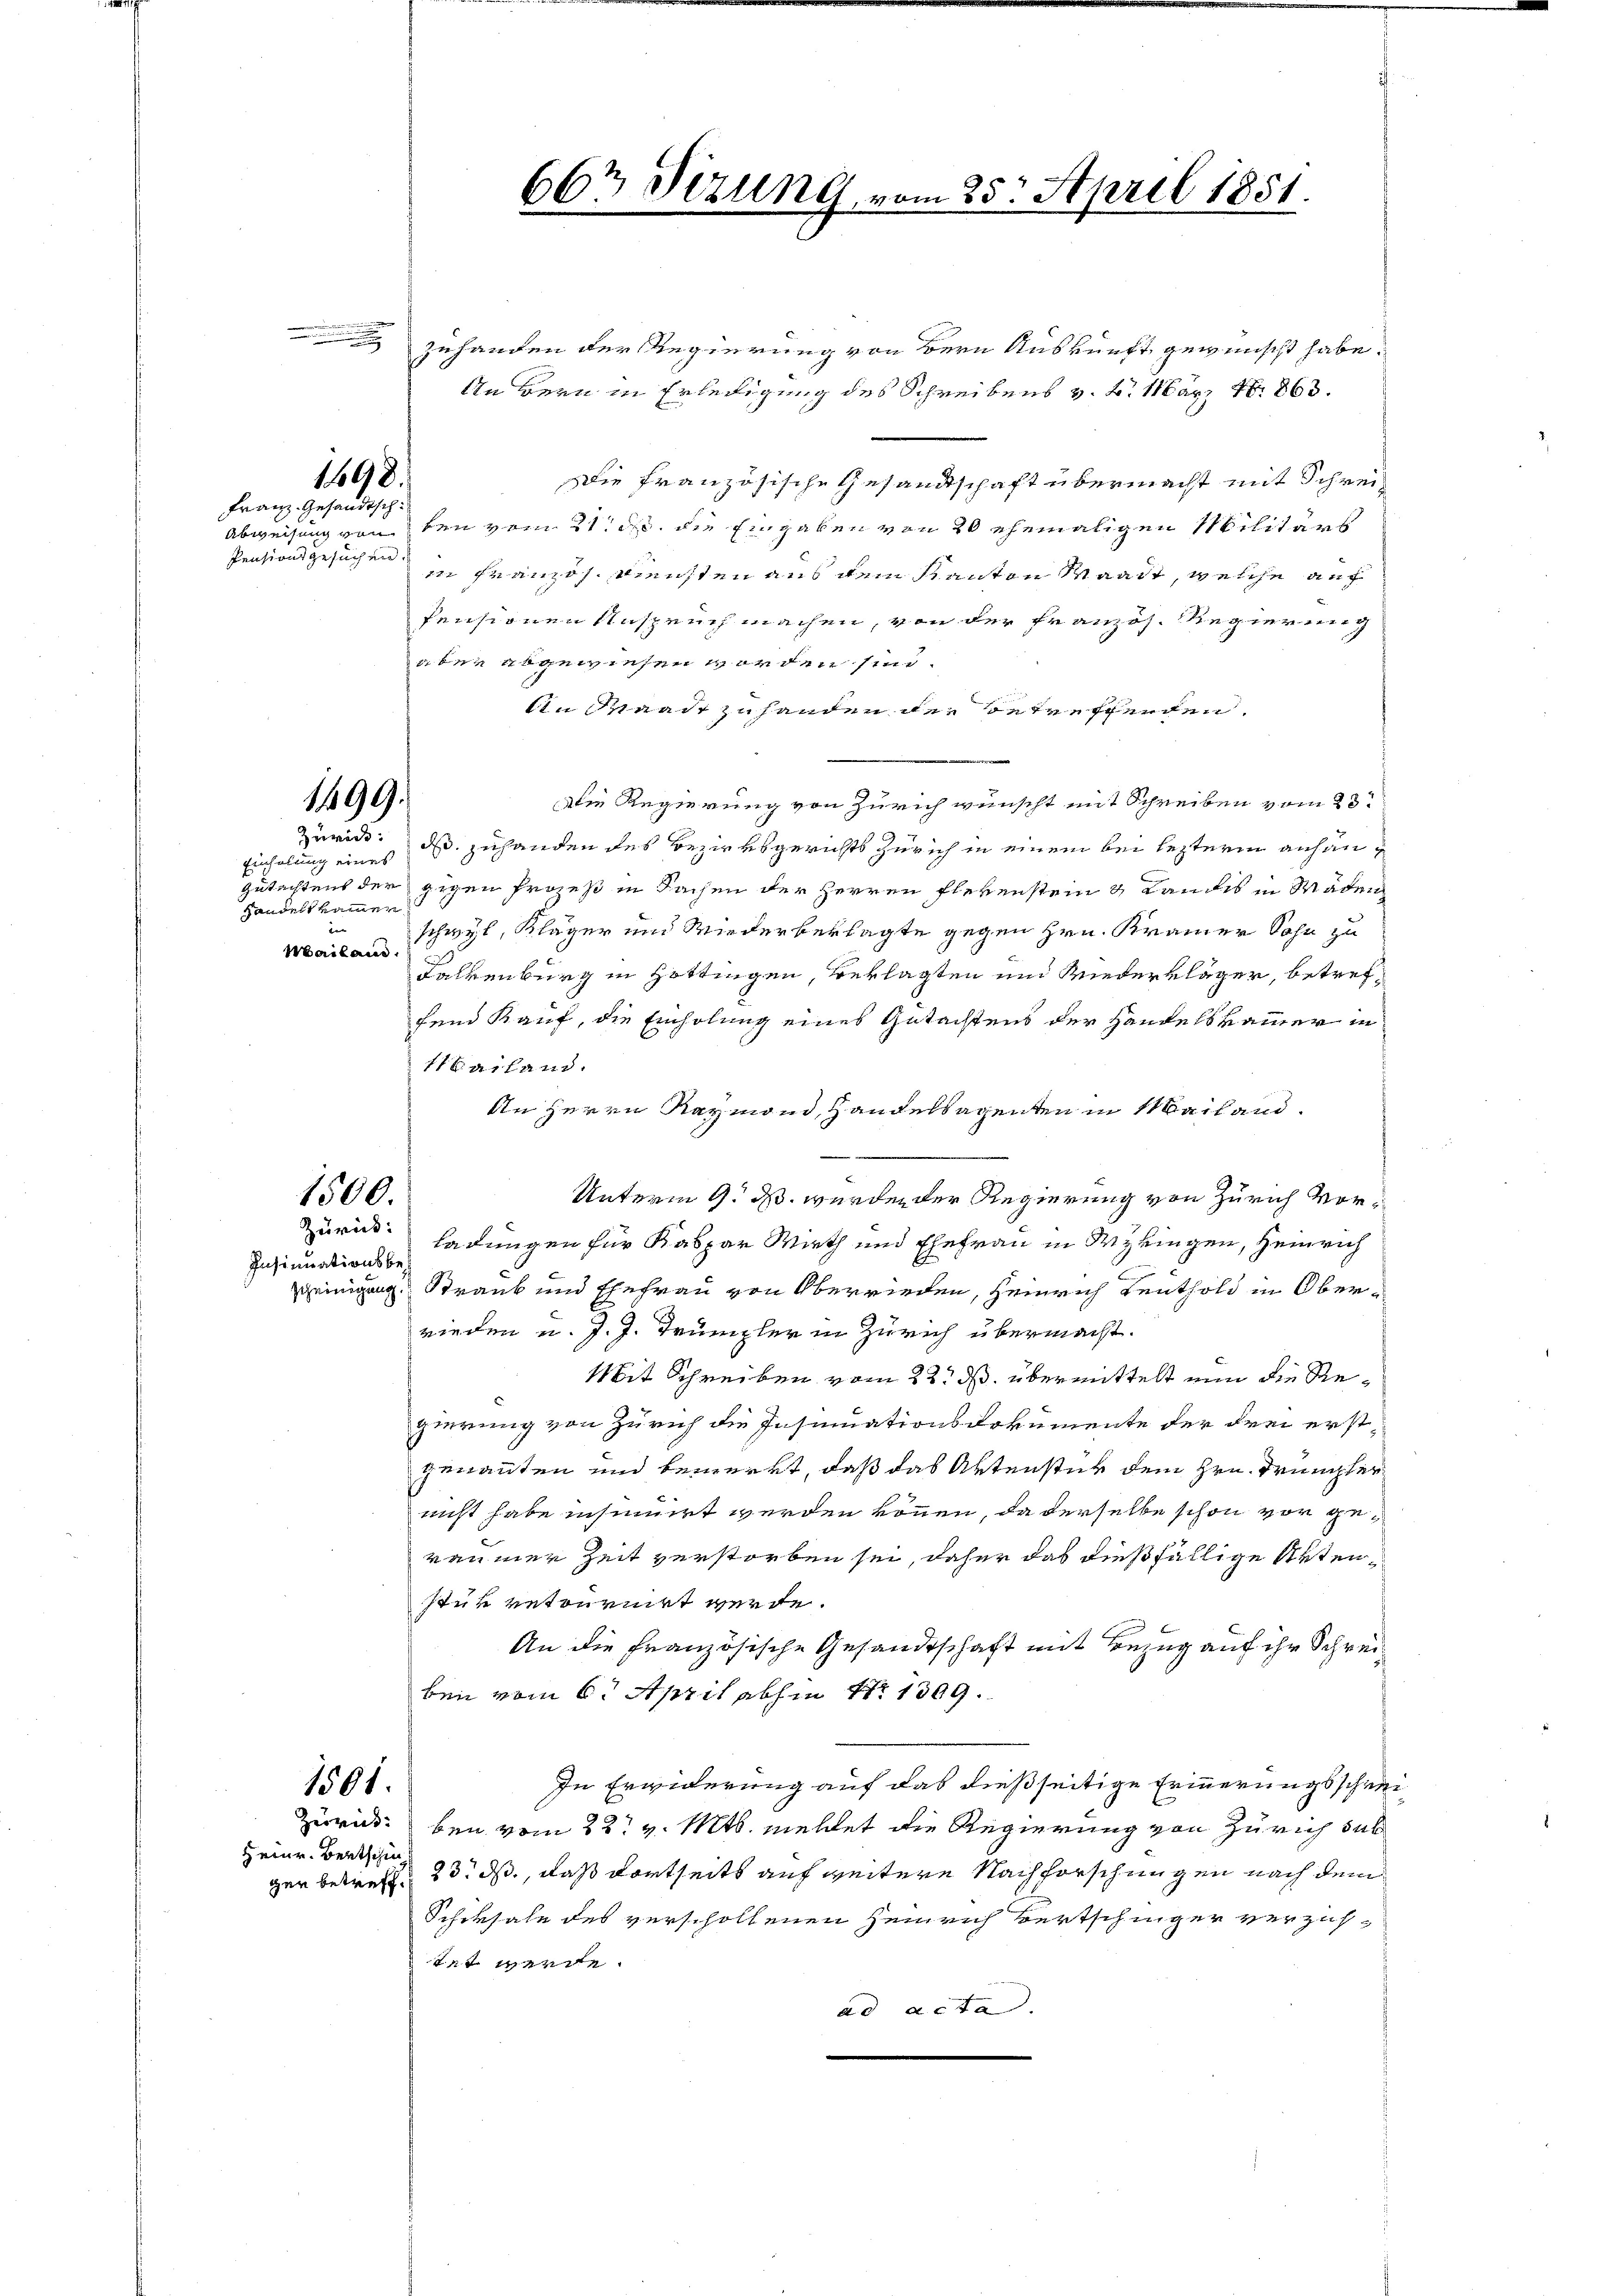
1198.
Franz. Gesandtsch¬

Pensionsgesuchen.

zuhanden der Regierung von Bern Auskunft gewünscht habe.
An Bern in Erledigung des Schreibens v. 2. März 1863.
ie französische Gesandtschaft übermacht mit Schrei¬
Abweisung von den vom 21. ds. die Eingaben von 20 ehemaligen Militärs
in Französ. Diensten aus dem Kanton Waadt, welche auf
Pensionen Anspruch machen, von der französ. Regierung
uber abgewiesen worden sind.
An Waadt zu handen der betreffenden.
Die Regierung von Zürich wünscht mit Schreiben vom 23.
Zurick: ds zuhanden des Bezirksgerichts Zürich in einem bei lezterm anhängutachtens der gegen Prozeß in Sachen der Herren Flevenstein & Landis in Wäden
Mailand Schwyl, Kläger und Wiederbeklagte gegen Hrn. Kramer Sohn zu
Falkenburg in Hottingen, Beklagten und Wiederkläger, betreffend Kauf, die Einholung eines Gutachtens der Handelskammer in
11 Mailand.
An Herrn Raymond, Handelsagenten in Mailand¬
1500.
Unterm 9. ds. wurden der Regierung von Zürich vor¬
Zurück:
ladungen für Kaspar Wirth und Ehefrau in Meyringen, Heinrich
peinigung Strank und Ehefrau von Oberrieden, Heinrich Reuthold in Oberrieden u. J. J. Trümpler in Zürich übermacht.
Mit Schreiben vom 22. ds. übermittelt nun die Regierung von Zürich die Insinuationsdokumente der drei erstgenannten und bemerkt, daß das Aktenster dem Hrn. Trümpler
nicht habe insinuirt werden können, da derselbe schon vor geven mer Zeit verstorben sei, daher das dießfällige Arten
stük retourirt werde.
An die Französische Gesandtschaft mit Bezug auf ihr Schreiben vom 6. April abhin Nr. 1309.
In Erwiderung auf das dießseitige Erinnerungsschrei¬
1501.
Zurick bei vom 22t v. Mts. mellet die Regierung von Zürich sub
23. ds., daß dortseits auf weitere Nachforschungen nach dem
Schiksale des verschollenen Heinrich Bertschinger verzichtet werde.
ad acta

1499.

Einholung eines
handelt kommen
den

Insinuationsbe¬

Heinr. Bertschin
ger betreff.

663 Sizung vom 25. April 1851.